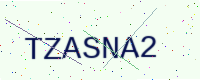
Text: TZASNA2